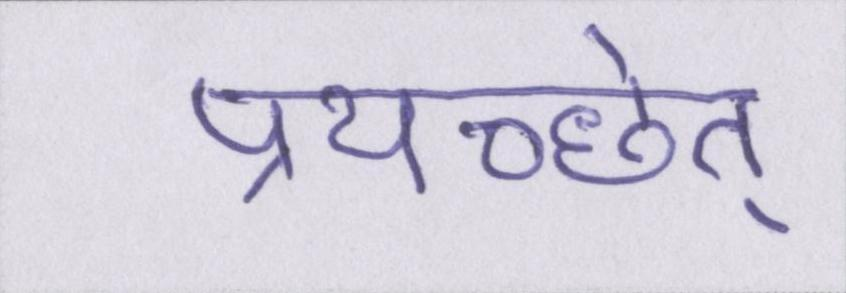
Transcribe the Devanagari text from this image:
प्रयच्छेत्